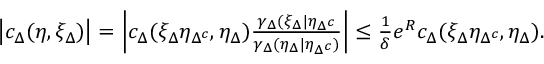
\begin{array} { r } { \left\lvert c _ { \Delta } ( \eta , \xi _ { \Delta } ) \right\rvert = \left\lvert c _ { \Delta } ( \xi _ { \Delta } \eta _ { \Delta ^ { c } } , \eta _ { \Delta } ) \frac { \gamma _ { \Delta } ( \xi _ { \Delta } \lvert \eta _ { \Delta ^ { c } } } { \gamma _ { \Delta } ( \eta _ { \Delta } \lvert \eta _ { \Delta ^ { c } } ) } \right\rvert \leq \frac { 1 } { \delta } e ^ { R } c _ { \Delta } ( \xi _ { \Delta } \eta _ { \Delta ^ { c } } , \eta _ { \Delta } ) . } \end{array}